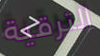
الترقية